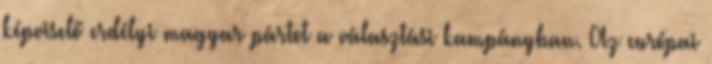
képviselő erdélyi magyar pártot a választási kampányban. Az európai